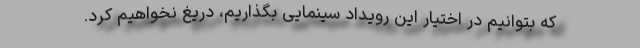
که بتوانیم در اختیار این رویداد سینمایی بگذاریم، دریغ نخواهیم کرد.